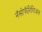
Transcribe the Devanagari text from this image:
नॅसोफॅरिंगिअल